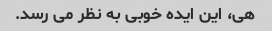
هی، این ایده خوبی به نظر می رسد.